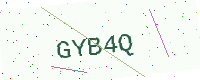
Text: GYB4Q